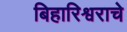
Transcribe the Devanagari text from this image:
बिहारिश्वराचे